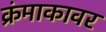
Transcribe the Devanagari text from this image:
क्रंमाकावर